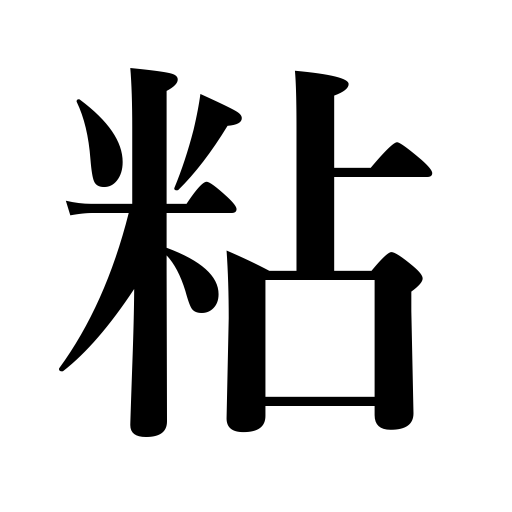
Meanings: be glutinous,be sticky,be greasy,persevere